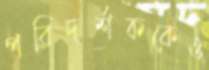
পরিদর্শককেও